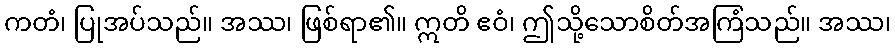
ကတံ၊ ပြုအပ်သည်။ အဿ၊ ဖြစ်ရာ၏။ ဣတိ ဧဝံ၊ ဤသို့သောစိတ်အကြံသည်။ အဿ၊